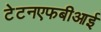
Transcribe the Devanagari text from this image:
टेटनएफबीआई